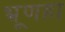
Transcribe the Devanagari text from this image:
भ्रूणहा